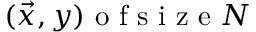
( \vec { x } , y ) \textrm { o f s i z e } N